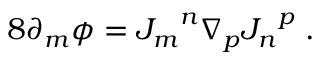
8 \partial _ { m } \phi = { J _ { m } } ^ { n } \nabla _ { p } { J _ { n } } ^ { p } \; .